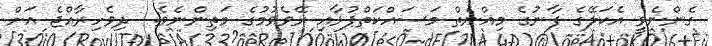
ގެންނެވީ އެކަލޭގެ ފާނުގެ މިއްނެތް މަސައްކަތްޕުޅާއި ރޭވެވުމުގެ މަތިންނެވެ.  ދިވެހިރާއްޖެ އަށް